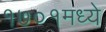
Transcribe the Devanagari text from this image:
१७०१मध्ये